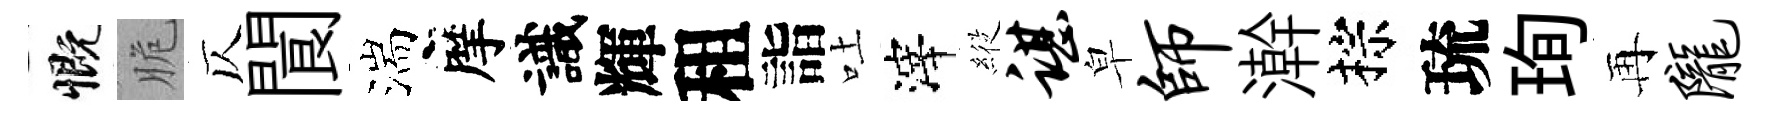
慨脆仄閬湍摩識輝租詣吐滓𦂵谌皁师澣棕琉珣再陇